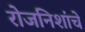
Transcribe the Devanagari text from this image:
रोजनिशांचे